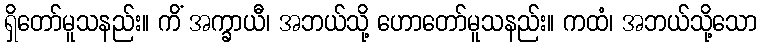
ရှိတော်မူသနည်း။ ကိံ အက္ခာယီ၊ အဘယ်သို့ ဟောတော်မူသနည်း။ ကထံ၊ အဘယ်သို့သော